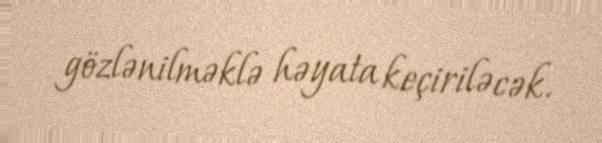
gözlənilməklə həyata keçiriləcək.